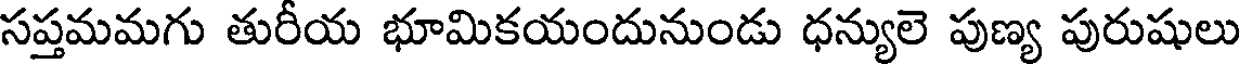
సప్తమమగు తురీయ భూమికయందునుండు ధన్యులె పుణ్య పురుషులు